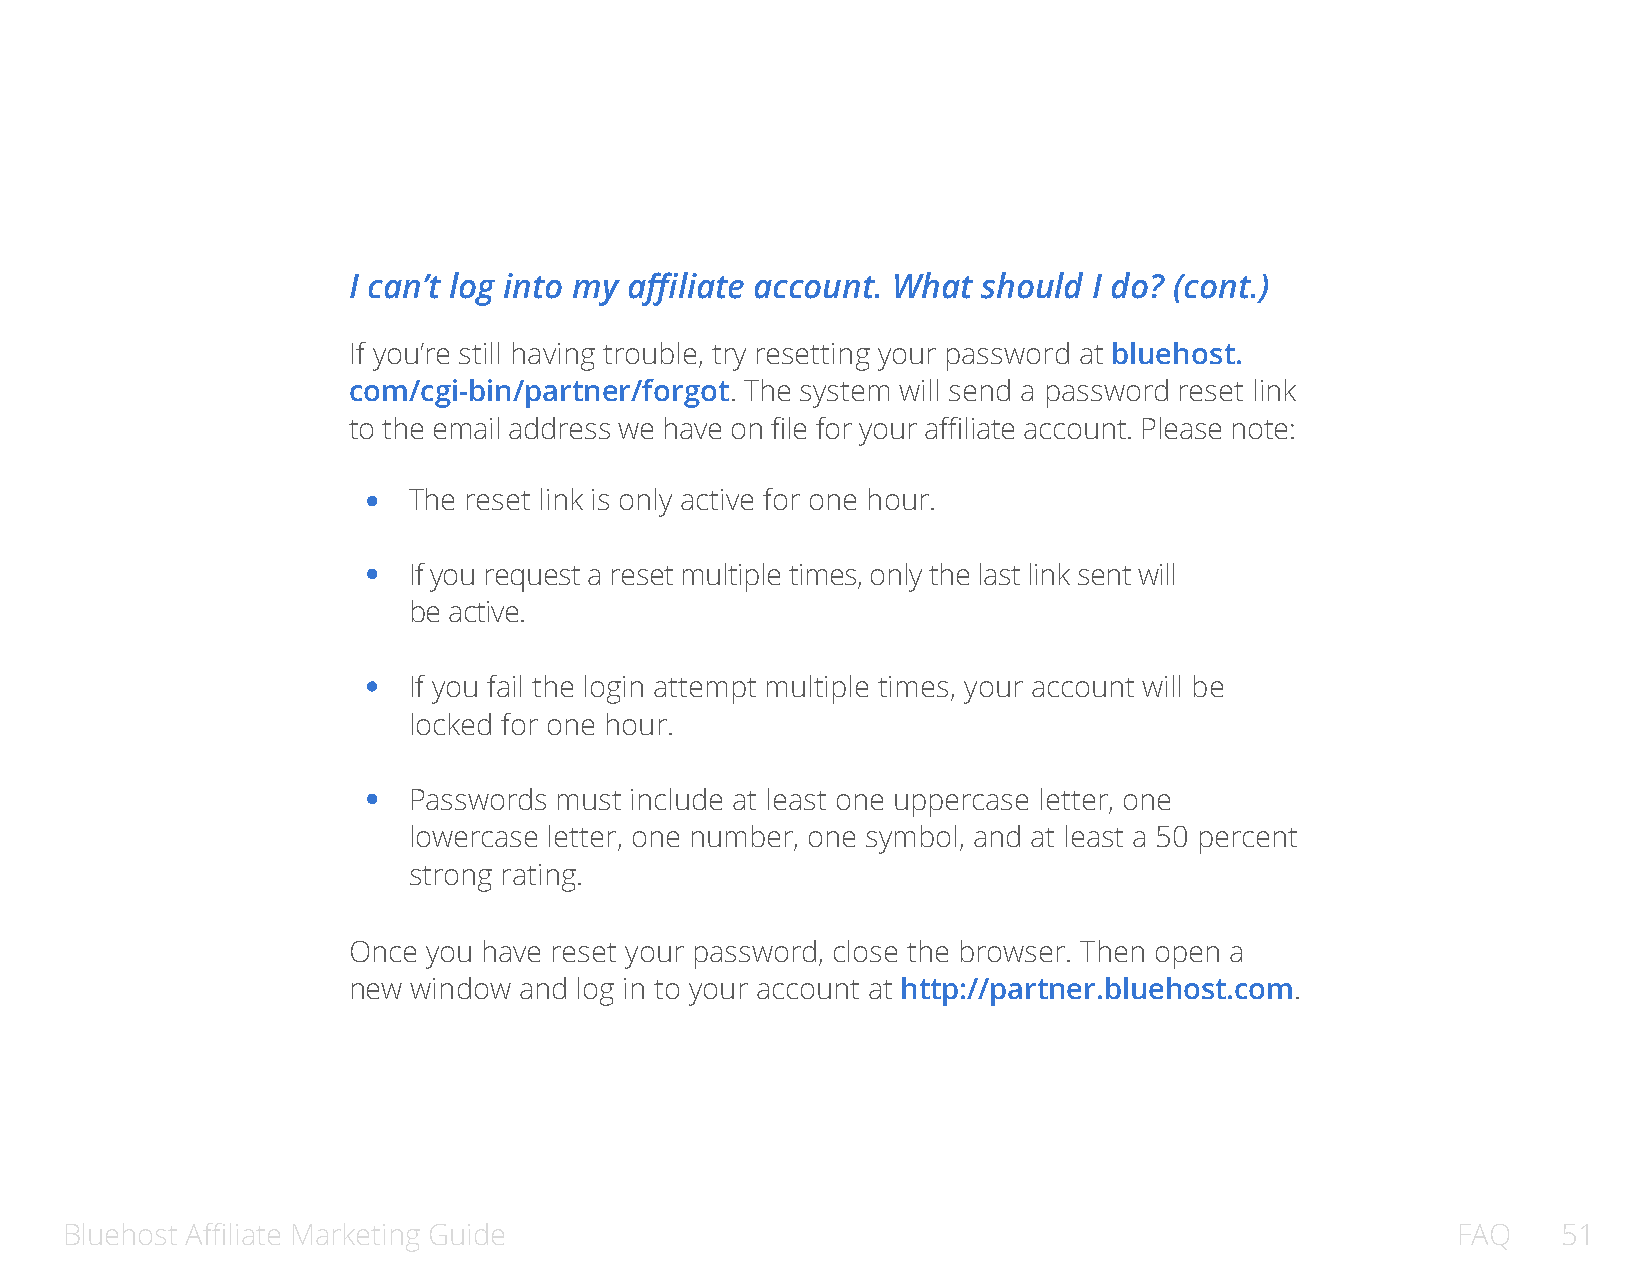
I can’t log into my affiliate account. What should I do? (cont.)
 If you’re still having trouble, try resetting your password at bluehost.
 com/cgi-bin/partner/forgot. The system will send a password reset link
 to the email address we have on file for your affiliate account. Please note:
 The reset link is only active for one hour.
 If you request a reset multiple times, only the last link sent will
 be active.
 If you fail the login attempt multiple times, your account will be
 locked for one hour.
 Passwords must include at least one uppercase letter, one
 lowercase letter, one number, one symbol, and at least a 50 percent
 strong rating.
 Once you have reset your password, close the browser. Then open a
 new window and log in to your account at http://partner.bluehost.com.
 Bluehost Affiliate Marketing Guide                                                          FAQ    51